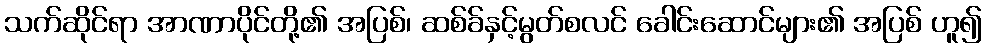
သက်ဆိုင်ရာ အာဏာပိုင်တို့၏ အပြစ်၊ ဆစ်ခ်နှင့်မွတ်စလင် ခေါင်းဆောင်များ၏ အပြစ် ဟူ၍